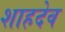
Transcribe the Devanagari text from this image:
शाहदेव